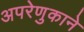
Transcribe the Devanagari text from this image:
अपरेणुकाने